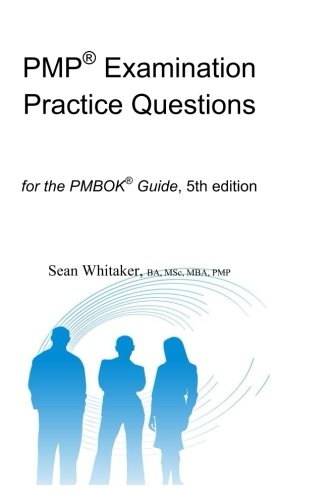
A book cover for PMPÂ® Examination Practice Questions for the The PMBOKÂ® Guide,5th edition.; Sean Whitaker; Test Preparation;